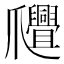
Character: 𤕊